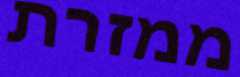
ממזרת